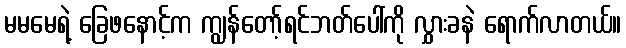
မမမေရဲ့ ခြေဖနောင့်က ကျွန်တော့်ရင်ဘတ်ပေါ်ကို လွှားခနဲ ရောက်လာတယ်။